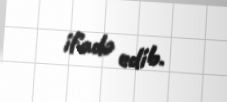
ifadə edib.